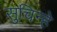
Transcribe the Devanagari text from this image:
सुचिन्हे